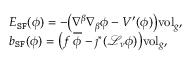
\begin{array} { r l } & { E _ { \mathtt { S F } } ( \phi ) = - \big ( \nabla ^ { \beta } \nabla _ { \beta } \phi - V ^ { \prime } ( \phi ) \big ) \mathrm { v o l } _ { g } , } \\ & { b _ { \mathtt { S F } } ( \phi ) = \big ( f \; \overline { { \phi } } - \jmath ^ { * } ( \mathcal { L } _ { \nu } \phi ) \big ) \mathrm { v o l } _ { g } , } \end{array}